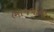
ભાજપાના